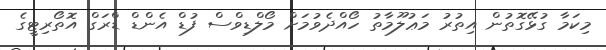
މިކަމާ ގުޅޭގޮތުން އިތުރު މަޢުލޫމާތު ހޯއްދެވުމަށް މޯލްޑިވްސް ފުޑް އެންޑް ޑްރަގް އޮތޯރިޓީގެ